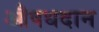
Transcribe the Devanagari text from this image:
औषधदान